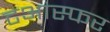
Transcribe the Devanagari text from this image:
टआंस्फर